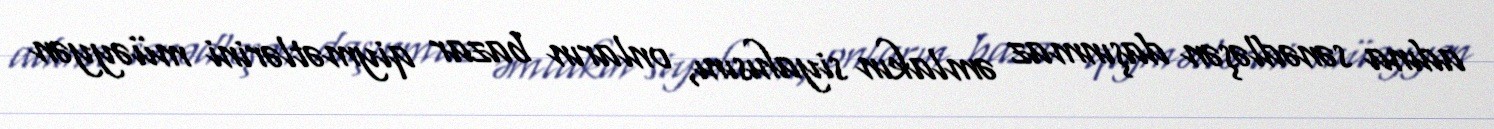
adına sənədləşən daşınmaz əmlakın siyahısını, onların bazar qiymətlərini müəyyən